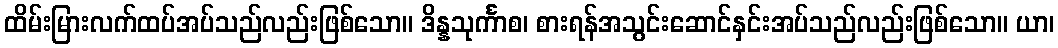
ထိမ်းမြားလက်ထပ်အပ်သည်လည်းဖြစ်သော။ ဒိန္နသုင်္ကာစ၊ စားရန်အသွင်းဆောင်နှင်းအပ်သည်လည်းဖြစ်သော။ ယာ၊